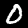
Label: 0